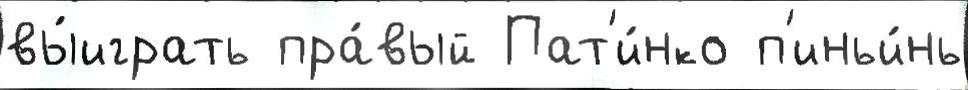
вы́играть пра́вый Пат'и́нко п'иньи́нь